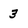
Character: 3